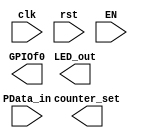
module 		  PIO(input wire clk,
						input wire rst,
						input wire EN,
						input wire[31:0] PData_in,
						output reg[1:0] counter_set,
						output[7:0] LED_out,
						output reg[21:0]GPIOf0						 
						);

endmodule